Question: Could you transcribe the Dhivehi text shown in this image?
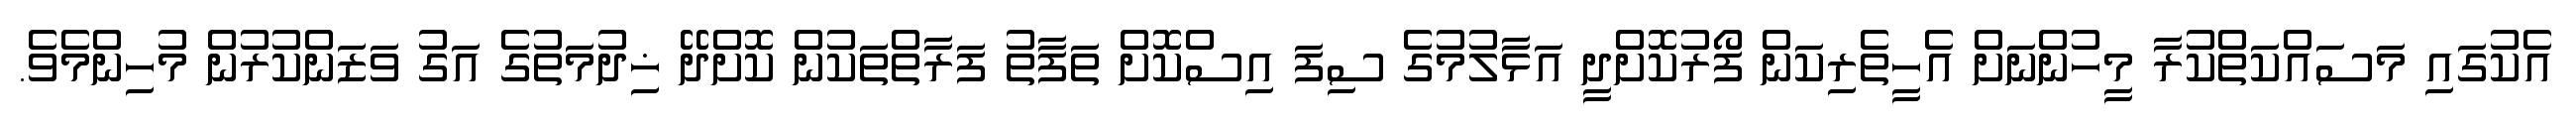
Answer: އެކުގައި މަސައްކަތްކުރާ މީހުންނަށް އެހީތެރިކަން ފޯރުކޮށްދީ އަޅާލުމުގެ ސިފަ އިސްކޮށް ތަފާތު ފަރާތްތަކުން ކޮށްދޭ ޚިދުމަތުގެ އަގު ވަޒަންކުރުން މުހިންމެވެ.